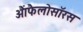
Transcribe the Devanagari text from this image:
आैंफैलोसॉरस